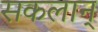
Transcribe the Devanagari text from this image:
सकलान्